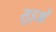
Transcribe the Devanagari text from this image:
सुइओं